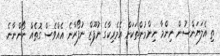
ތި އެލަޔަންސުން ނިންމާ ނިންމުންތަކަށް އެމެރިކާގެ ނުފޫޒް ނުފޯރާނެ އެއްވެސް ގޮތެއް ނޯންނާނެ.